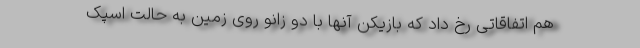
هم اتفاقاتی رخ داد که بازیکن آنها با دو زانو روی زمین به حالت اسپک